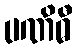
ပဏိဓီ